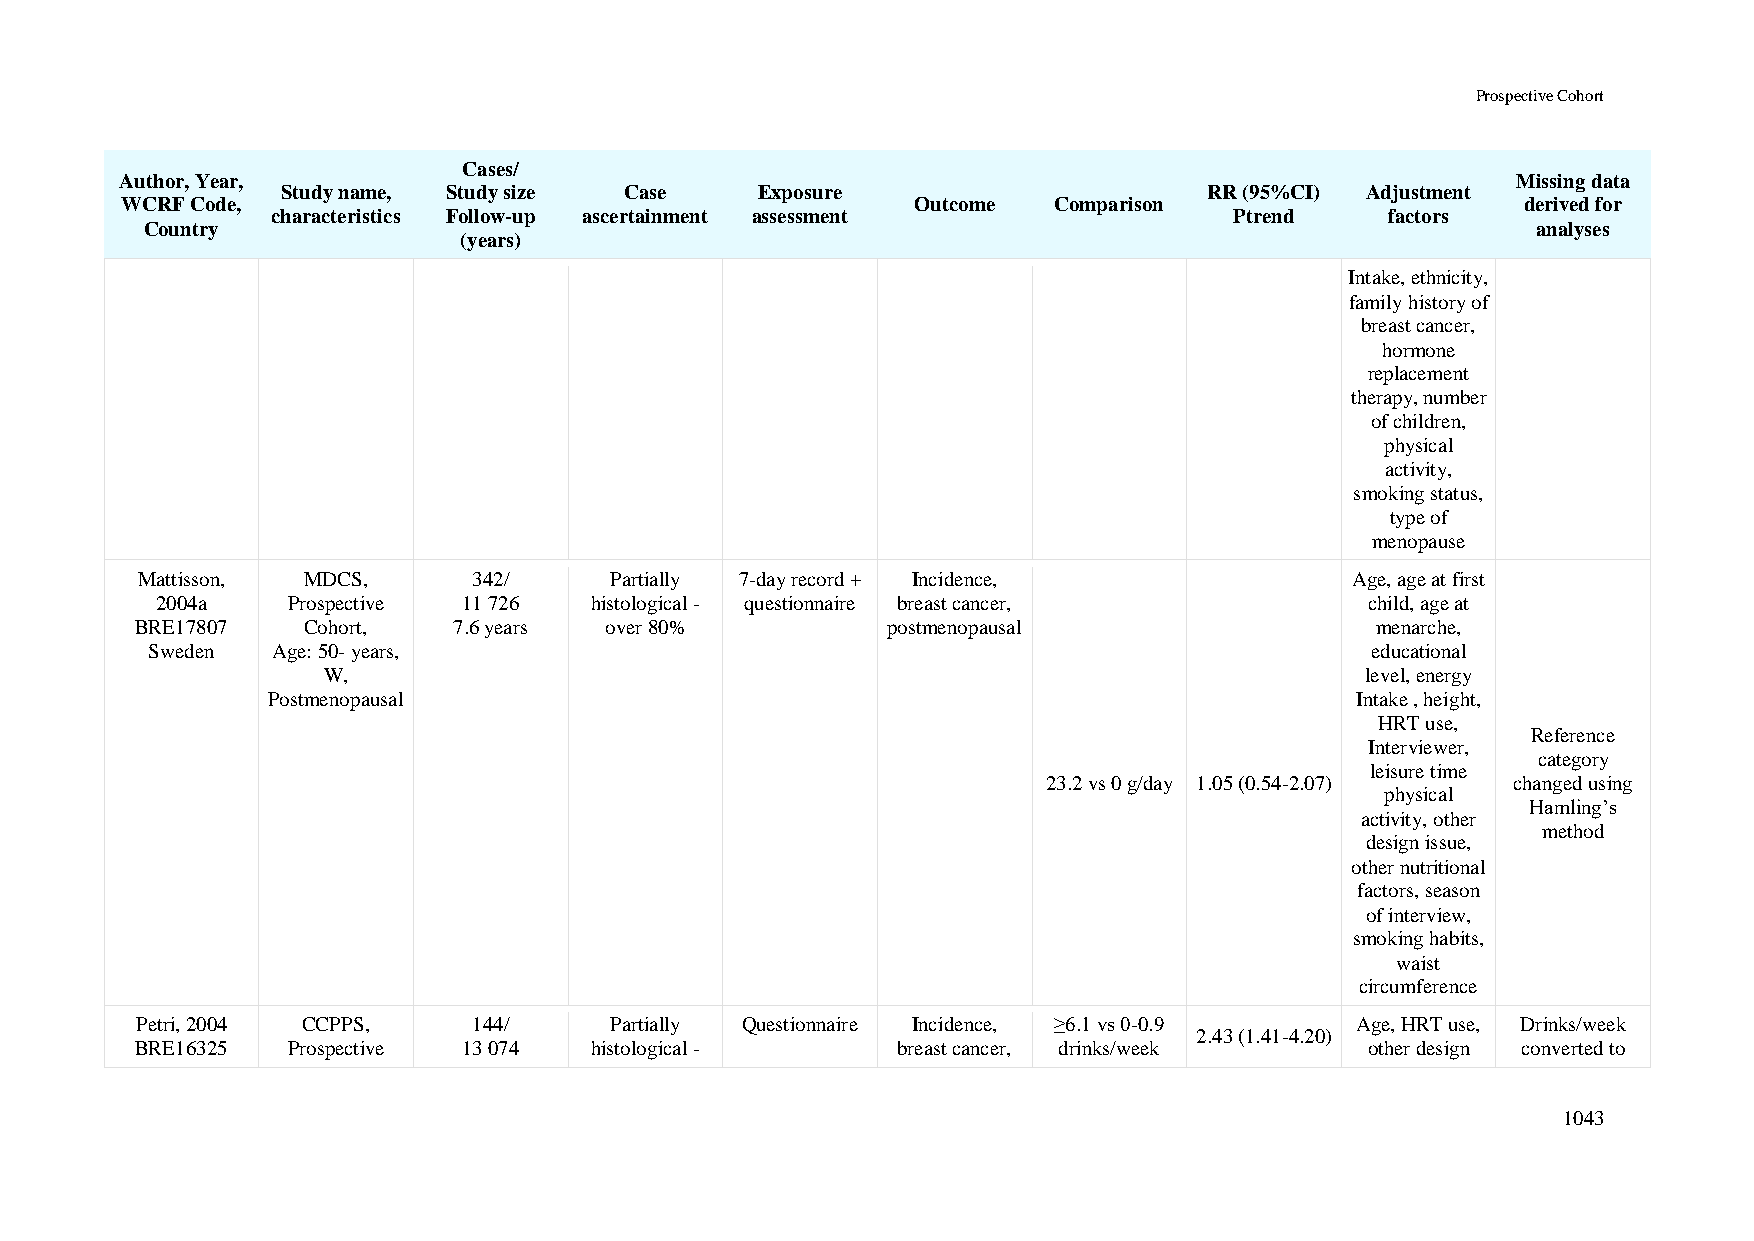
Prospective Cohort
 Cases/
 Author, Year,                                                                               Missing data
 Study name, Study size Case    Exposure                      RR (95%CI) Adjustment
 WCRF Code,                                           Outcome  Comparison                     derived for
 characteristics Follow-up ascertainment assessment              Ptrend    factors
 Country                                                                                     analyses
 (years)
 Intake, ethnicity,
 family history of
 breast cancer,
 hormone
 replacement
 therapy, number
 of children,
 physical
 activity,
 smoking status,
 type of
 menopause
 Mattisson, MDCS,      342/     Partially 7-day record + Incidence,               Age, age at first
 2004a    Prospective 11 726  histological - questionnaire breast cancer,         child, age at
 BRE17807   Cohort,   7.6 years over 80%           postmenopausal                  menarche,
 Sweden  Age: 50- years,                                                          educational
 W,                                                                   level, energy
 Postmenopausal                                                          Intake , height,
 HRT use,
 Reference
 Interviewer,
 category
 leisure time
 23.2 vs 0 g/day 1.05 (0.54-2.07) changed using
 physical
 Hamling’s
 activity, other
 method
 design issue,
 other nutritional
 factors, season
 of interview,
 smoking habits,
 waist
 circumference
 Petri, 2004 CCPPS,    144/     Partially Questionnaire Incidence, ≥6.1 vs 0-0.9  Age, HRT use, Drinks/week
 2.43 (1.41-4.20)
 BRE16325  Prospective 13 074  histological -      breast cancer, drinks/week      other design converted to
 1043